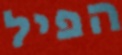
הפיל